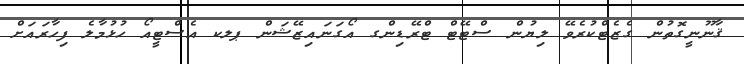
ޤާނޫނީގޮތުން ގެޒެޓްކުރެވޭ ލިޔުން ސްޓޭޓް ޓްރޭޑިންގ އޯގަނައިޒޭޝަން ޕލކ އެސްޓީއޯ ހުޅުމާލެ ފިހާރައަށް